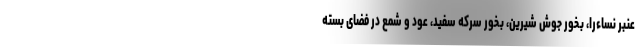
عنبر نساءرا، بخور جوش شیرین، بخور سرکه سفید، عود و شمع در فضای بسته